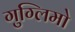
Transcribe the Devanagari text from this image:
गुग्लिमो